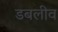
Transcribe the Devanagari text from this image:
डबलीव